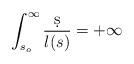
LaTeX: \begin{align*}\int_{s_o}^{\infty}\frac{\d s}{l(s)}=+\infty\end{align*}